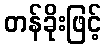
တန်ခိုးဖြင့်